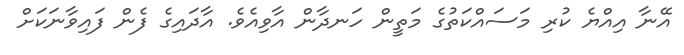
އޭނާ އިއްޔެ ކުރި މަސައްކަތުގެ މަތީން ހަނދާން އާވިއެވެ. އާދައިގެ ފެން ފައިވާނަކަށް